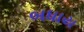
બધાય